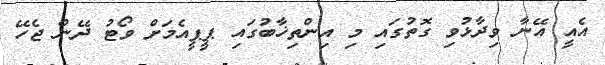
އެއީ އޭނާ ވިދާޅުވި ގޮތުގައި މި އިންތިޚާބުގައި ޕީޕީއެމަށް ވޯޓު ދޭން ޖެހޭ